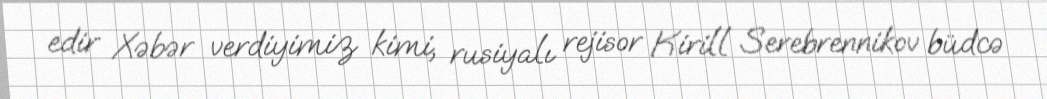
edir Xəbər verdiyimiz kimi, rusiyalı rejisor Kirill Serebrennikov büdcə